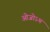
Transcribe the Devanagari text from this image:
ओजोऽथ